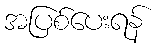
အပြစ်ပေးရန်